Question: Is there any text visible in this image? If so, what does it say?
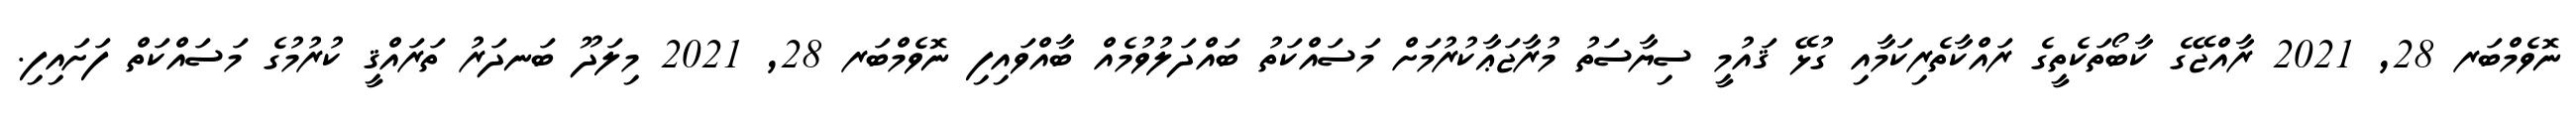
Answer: ނޮވެމްބަރ 28, 2021 ރާއްޖޭގެ ކާބޯތަކެތީގެ ރައްކާތެރިކަމާއި ގުޅޭ ޤައުމީ ސިޔާސަތު މުރާޖަޢާކުރުމަށް މަސައްކަތު ބައްދަލުވުމެއް ބާއްވައިފި ނޮވެމްބަރ 28, 2021 މިލަދޫ ބަނދަރު ތަރައްޤީ ކުރުމުގެ މަސައްކަތް ފަށައިފި.